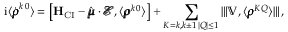
\mathrm { i } \langle \dot { \pmb \rho } ^ { k \, 0 } \rangle = \left[ \mathbf H _ { \mathrm { C I } } - \hat { \pmb \mu } \cdot \pmb { \mathcal { E } } , \langle \pmb { \rho } ^ { k \, 0 } \rangle \right] + \sum _ { \substack { K = k , k \pm 1 \, | Q | \le 1 } } \interleave \mathbb { V } , \langle \pmb { \rho } ^ { K Q } \rangle \interleave \, ,